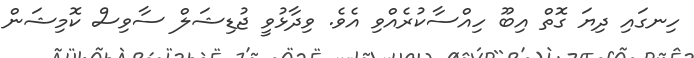
ހިނގައި ދިޔަ ގޮތް އިބޫ ހިއްސާކުރެއްވި އެވެ. ވިދާޅުވީ ޖުޑިޝަލް ސާވިސް ކޮމިޝަން